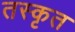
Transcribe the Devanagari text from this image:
तस्कृत